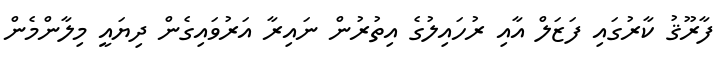
ފާރޫޤު ކާރުގައި ފަޒަލް އާއި ރުހައިލުގެ އިތުރުން ނައިރާ އަރުވައިގެން ދިޔައީ މިލާންމެން